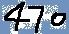
Text: 470